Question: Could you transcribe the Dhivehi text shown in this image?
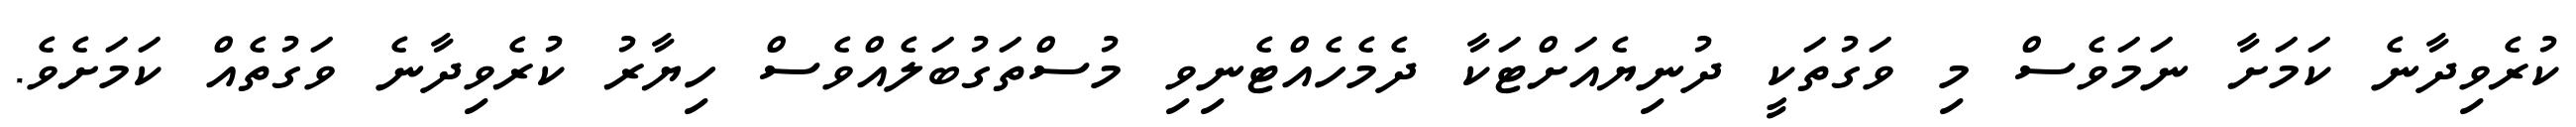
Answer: ކުރެވިދާނެ ކަމަށާ ނަމަވެސް މި ވަގުތަކީ ދުނިޔެއަށްޓަކާ ދެމެހެއްޓެނިވި މުސްތަގުބަލެއްވެސް ހިޔާރު ކުރެވިދާނެ ވަގުތެއް ކަމަށެވެ.